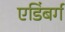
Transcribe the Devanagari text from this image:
एडिंबर्ग